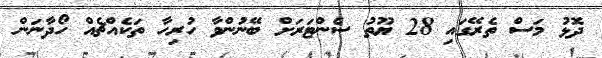
ދޮޅު މަސް ތެރޭގައި 28 ޔޫތު ސެންޓަރަށް ބޭނުންވާ ހުރިހާ ތަކެއްޗެއް ހޯދާނަން